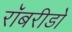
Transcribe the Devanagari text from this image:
रॉबरीडो